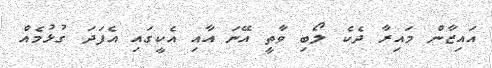
އައިޒާން މައިރާ ދެކެ ލޯބި ވާތީ އޭނަ އާއި އެކީގައި އެފަދަ ގުޅުމެއް